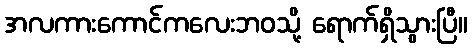
အလကားကောင်ကလေးဘဝသို့ ရောက်ရှိသွားပြီ။